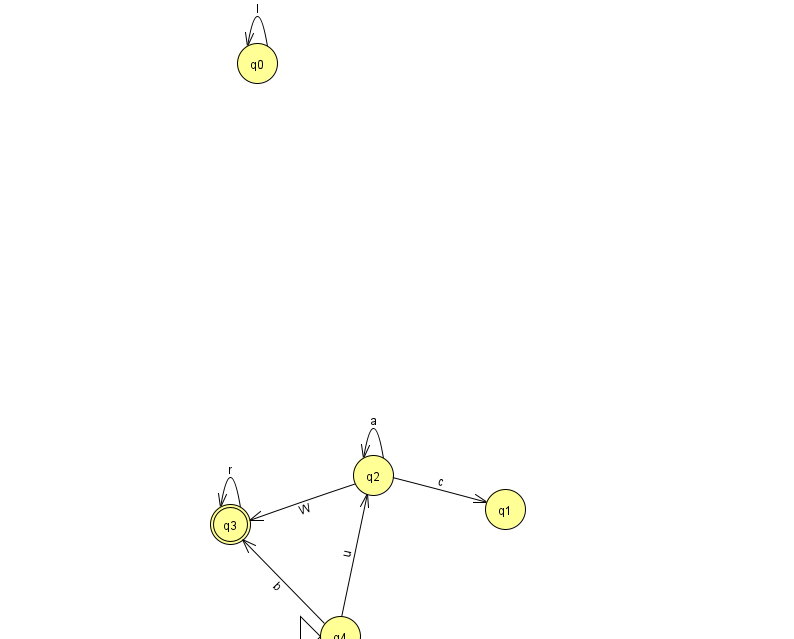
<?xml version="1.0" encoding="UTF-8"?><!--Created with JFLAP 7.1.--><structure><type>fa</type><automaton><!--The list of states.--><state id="0" name="q0"><x>257.0</x><y>50.0</y></state><state id="1" name="q1"><x>505.0</x><y>496.0</y></state><state id="2" name="q2"><x>373.0</x><y>462.0</y></state><state id="3" name="q3"><x>230.0</x><y>511.0</y><final/></state><state id="4" name="q4"><x>340.0</x><y>623.0</y><initial/></state><!--The list of transitions.--><transition><from>2</from><to>2</to><read>a</read></transition><transition><from>2</from><to>3</to><read>W</read></transition><transition><from>3</from><to>3</to><read>r</read></transition><transition><from>0</from><to>0</to><read>I</read></transition><transition><from>2</from><to>1</to><read>c</read></transition><transition><from>4</from><to>2</to><read>u</read></transition><transition><from>4</from><to>3</to><read>b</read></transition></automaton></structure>